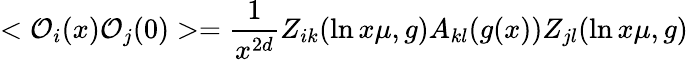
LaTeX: <{\cal O}_{i}(x){\cal O}_{j}(0)>={\frac{1}{x^{2d}}}Z_{ik}(\ln x\mu,g)A_{kl}(g(x))Z_{jl}(\ln x\mu,g)